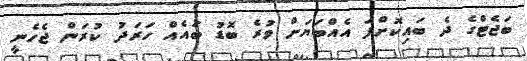
ބަޖެޓްގެ ދެ ބައިކޮށްފަ އެއްބަޔަށް ވުރެ ބޮޑު ބައެއް ހަރަދު ކުރަން ޖެހެނީ